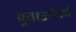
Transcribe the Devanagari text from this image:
युवाओंको